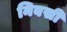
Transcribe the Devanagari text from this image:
निबसी